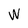
Character: W